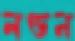
লণ্ডন